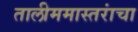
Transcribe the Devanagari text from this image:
तालीममास्तरांचा